Report on vaccination in Madras 1904-1921 - 1904-1921
Year: 1904
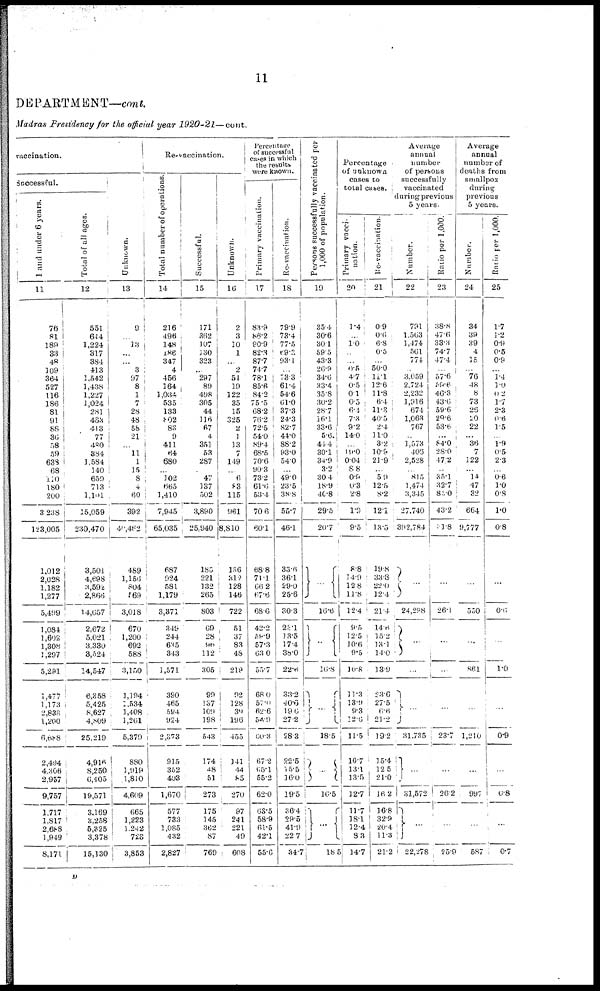
11
DEPARTMENT—cont.
Madras Presidency for the official year 1920-21— cont.
vaccination.
Successful.
1 and under 6 years.
11
76
81
189
33
48
109
364
527
116
186
81
91
88
36
58
59
638
68
110
180
200
3,238
123,005
1,012
2,028
1,182
1,277
5,499
1,084
1,692
1,308
1,297
5,291
1,477
1,173
2,838
1,200
6,688
2,494
4,306
2,957
9,757
1,717
1,817
2,688
1,949
8,171
Total of all ages.
12
551
644
1,224
317
384
413
1,542
1,438
1,227
1,024
281
483
413
77
480
384
1,584
140
659
713
1,101
15,059
230,470
3,501
4,698
3,592
2,866
14,657
2,672
5,021
3,330
3,524
14,547
6,358
5,425
8,627
4,809
25,219
4,9l6
8,250
6,405
19,571
3,169
3,258
5,325
3,378
15,130
Unknown.
13
9
...
13
...
...
3
97
8
1
7
28
48
58
21
...
11
1
15
8
4
60
392
49,462
489
1,156
804
169
3,018
670
1,200
692
588
3,150
1,194
1,534
1,408
1,261
5,379
880
1,919
1,810
4,609
665
1,223
1,242
723
3,853
Re-Vaccination.
Total number of operations.
14
216
496
148
186
347
4
456
164
1,034
535
133
802
83
9
411
64
680
...
102
665
1,410
7,945
65,035
687
924
581
1,179
3,371
349
244
635
343
1,571
390
465
584
924
2,873
915
352
403
1,670
577
733
1,085
482
2,827
Successful.
15
171
362
107
130
323
...
297
89
498
305
44
116
67
4
351
53
287
...
47
137
502
3,890
25,940
185
221
132
265
803
69
28
96
112
305
99
137
109
198
543
174
48
51
273
175
145
362
87
769
Unknown.
16
2
3
10
1
...
2
51
19
122
35
15
325
2
1
13
7
149
...
6
83
115
961
8,810
156
312
128
146
722
51
37
83
48
219
92
128
39
196
455
141
44
85
270
97
241
221
49
608
Percentage
of successful
cases in which
the results
were known.
Primary vaccination.
17
83.9
86.2
80.9
82.3
87.7
74.7
78.1
85.6
84.2
75.5
68.2
76.2
72.5
54.0
89.4
68.5
70.6
90.3
73.2
61.6
53.4
70.6
60.1
68.8
71.1
66.2
67.6
68.6
42.2
58.9
57.3
63.0
55.7
68.0
57.0
62.6
54.9
60.3
67.2
65.l
55.2
62.0
63.5
58.9
61.5
42.1
55.6
Re-vaccination.
18
79.9
73.4
77.5
69.3
93.1
...
73.3
61.4
54.6
61.0
37.3
24.3
82.7
44.0
88.2
93.0
54.0
...
49.0
23.5
38.8
55.7
46.1
33.6
36.1
29.0
25.6
30.3
23.1
13.5
17.4
38.0
22.8
33.2
40.6
19.6
27.2
28.3
22.5
15.5
16.0
19.5
36.4
29.5
41.9
22.7
34.7
Persons successfully vaccinated per
1,000 of population.
19
35.4
30.6
30.1
59.5
43.3
26.9
34.6
33.4
35.8
30.2
28.7
16.1
33.6
5.6
44.4
30.1
34.9
3.2
30.4
18.9
40.8
29.5
20.7
...
16.6
...
16.8
...
18.5
...
16.5
...
18.5
Percentage
of unknown
cases to
total cases.
Primary vacci-
nation.
20
1.4
...
1.0
...
...
9.5
4.7
0.5
0.1
0.5
6.1
7.3
9.2
14.0
...
19.0
0.04
8.8
0.9
0.3
2.8
1.9
9.5
8.8
14.9
12.8
11.8
12.4
9.5
12.5
10.6
9.5
10.8
11.3
13.9
9.3
12.6
11.5
10.7
13.1
13.5
12.7
11.7
18.1
12.4
8.3
14.7
Re-vaccination.
21
0.9
0.6
6.8
0.5
...
50.0
11.1
12.6
11.8
6.4
11.3
40.5
2.4
11.0
3.2
10.9
21.9
...
5.9
12.5
8.2
12.1
13.5
19.8
33.3
22.0
12.4
21.4
14.6
15.2
13.1
14.0
13.9
53.6
27.5
6.6
21.2
19.2
15.4
12.5
21.0
16.2
16.8
32.9
20.4
11.3
21.2
Average
annual
number
of persons
successfully
vaccinated
during previous
5 years.
Number.
22
791
1,563
1,474
561
774
...
3,059
2,724
2,232
1,916
674
1,063
767
...
1,573
406
2,528
...
815
1,474
3,345
27,740
392,784
...
24,298
...
...
...
31,735
...
31,572
...
22,278
Ratio per 1,000.
23
38.8
47.6
33.3
74.7
47.4
...
57.6
5 9 . 6
46.3
43.6
59.6
29.6
53.6
...
84.0
28.0
47.2
...
35.1
32.7
83.0
43.2
41.8
...
26.1
...
...
...
23.7
...
26.2
...
25.9
Average
annual
number of
deaths from
smallpox
during
previous
5 years.
Number.
24
34
39
39
4
15
...
76
48
8
73
26
10
22
...
36
7
122
...
14
47
32
664
9,777
...
530
...
861
...
1,210
...
997
...
587
Ratio per 1,000.
25
1.7
1.2
0.9
0.5
0.9
...
1.4
1.0
0.2
1.7
2.3
0.6
1.5
...
1.9
0.5
2.3
...
0.6
1.0
0.8
1.0
0.8
...
0.6
...
1.0
...
0.9
...
0.8
...
0.7
D